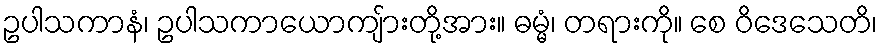
ဥပါသကာနံ၊ ဥပါသကာယောကျ်ားတို့အား။ ဓမ္မံ၊ တရားကို။ စေ ဝိဒေသေတိ၊